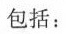
包括: